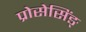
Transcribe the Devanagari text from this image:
प्रोसेसिंङ्